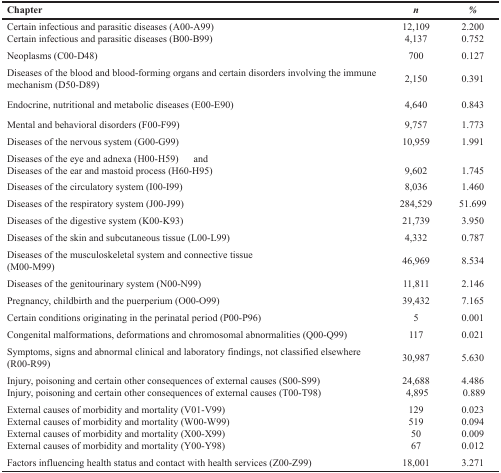
<table><thead><tr><td><b>Chapter</b></td><td><b><i>n</i></b></td><td><b><i>%</i></b></td></tr></thead><tbody><tr><td>Certain infectious and parasitic diseases (A00-A99)</td><td>12,109</td><td>2.200</td></tr><tr><td>Certain infectious and parasitic diseases (B00-B99)</td><td>4,137</td><td>0.752</td></tr><tr><td>Neoplasms (C00-D48)</td><td>700</td><td>0.127</td></tr><tr><td>Diseases of the blood and blood-forming organs and certain disorders involving the immune mechanism (D50-D89)</td><td>2,150</td><td>0.391</td></tr><tr><td>Endocrine, nutritional and metabolic diseases (E00-E90)</td><td>4,640</td><td>0.843</td></tr><tr><td>Mental and behavioral disorders (F00-F99)</td><td>9,757</td><td>1.773</td></tr><tr><td>Diseases of the nervous system (G00-G99)</td><td>10,959</td><td>1.991</td></tr><tr><td>Diseases of the eye and adnexa (H00-H59) andDiseases of the ear and mastoid process (H60-H95)</td><td>9,602</td><td>1.745</td></tr><tr><td>Diseases of the circulatory system (I00-I99)</td><td>8,036</td><td>1.460</td></tr><tr><td>Diseases of the respiratory system (J00-J99)</td><td>284,529</td><td>51.699</td></tr><tr><td>Diseases of the digestive system (K00-K93)</td><td>21,739</td><td>3.950</td></tr><tr><td>Diseases of the skin and subcutaneous tissue (L00-L99)</td><td>4,332</td><td>0.787</td></tr><tr><td>Diseases of the musculoskeletal system and connective tissue (M00-M99)</td><td>46,969</td><td>8.534</td></tr><tr><td>Diseases of the genitourinary system (N00-N99)</td><td>11,811</td><td>2.146</td></tr><tr><td>Pregnancy, childbirth and the puerperium (O00-O99)</td><td>39,432</td><td>7.165</td></tr><tr><td>Certain conditions originating in the perinatal period (P00-P96)</td><td>5</td><td>0.001</td></tr><tr><td>Congenital malformations, deformations and chromosomal abnormalities (Q00-Q99)</td><td>117</td><td>0.021</td></tr><tr><td>Symptoms, signs and abnormal clinical and laboratory findings, not classified elsewhere (R00-R99)</td><td>30,987</td><td>5.630</td></tr><tr><td>Injury, poisoning and certain other consequences of external causes (S00-S99)</td><td>24,688</td><td>4,895</td></tr><tr><td>Injury, poisoning and certain other consequences of external causes (T00-T98)</td><td>4.486</td><td>0.889</td></tr><tr><td>External causes of morbidity and mortality (V01-V99)</td><td>129</td><td>0.023</td></tr><tr><td>External causes of morbidity and mortality (W00-W99)</td><td>519</td><td>0.094</td></tr><tr><td>External causes of morbidity and mortality (X00-X99)</td><td>50</td><td>0.009</td></tr><tr><td>External causes of morbidity and mortality (Y00-Y98)</td><td>67</td><td>0.012</td></tr><tr><td>Factors influencing health status and contact with health services (Z00-Z99)</td><td>18,001</td><td>3.271</td></tr></tbody></table>